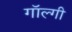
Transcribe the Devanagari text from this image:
गॉल्गी